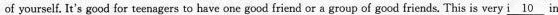
of yourself. It's good for teenagers to have one good iriend or a group of good friends. This is very \underline{i 10} in